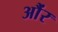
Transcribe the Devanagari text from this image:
औंर